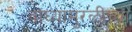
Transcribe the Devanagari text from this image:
वाघ्यामुरळींच्या